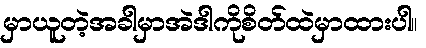
မှာယူတဲ့အခါမှာအဲဒါကိုစိတ်ထဲမှာထားပါ။